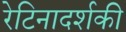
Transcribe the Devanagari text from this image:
रेटिनादर्शकी